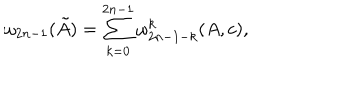
\omega _ { 2 n - 1 } ( \tilde { A } ) = \sum _ { k = 0 } ^ { 2 n - 1 } \omega _ { 2 n - 1 - k } ^ { k } ( A , c ) ,